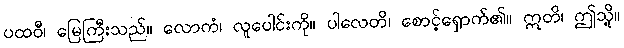
ပထဝီ၊ မြေကြီးသည်။ လောကံ၊ လူပေါင်းကို။ ပါလေတိ၊ စောင့်ရှောက်၏။ ဣတိ၊ ဤသို့။